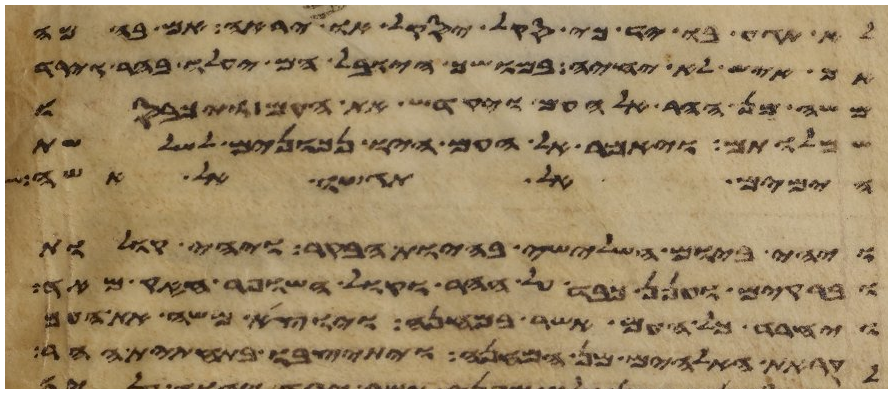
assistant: לא תגע בו יד כי סקל יסקל או ירא יראה אם בהמה
אם איש לא יחיה במושך היובל הם יעלו בהר וירד
משה מן ההר אל העם ויקדש את העם ויכבסו
שמלותם ויאמר אל העם היו נכונים לשלשת
הימים אל תגשו אל אשה
ויהי ביום השלישי בהיות הבקר ויהי קולות
וברקים וענן כבד על ההר וקול השופר חזק מאד
ויחרד כל העם אשר במחנה ויוצא משה את העם
לקראת האלהים מן המחנה ויתיצבו בתחתית ההר